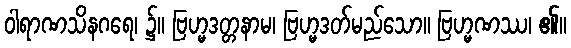
ဝါရာဏသိနဂရေ၊ ၌။ ဗြဟ္မဒတ္တနာမ၊ ဗြဟ္မဒတ်မည်သော။ ဗြဟ္မဏဿ၊ ၏။